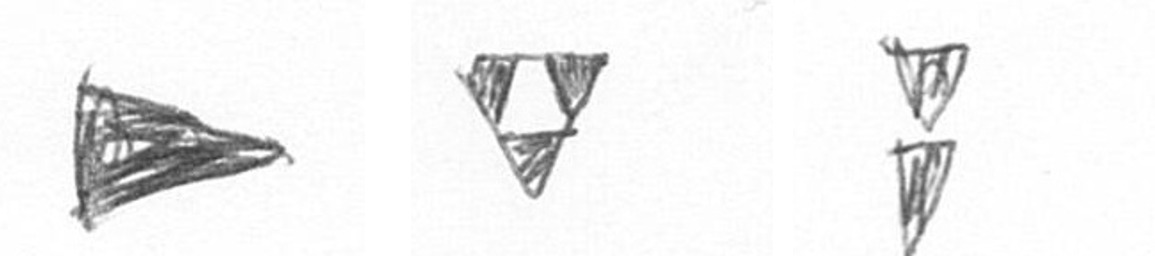
T S Z